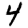
Digit: 4